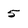
Character: 5